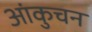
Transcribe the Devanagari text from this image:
आंकुचन